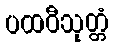
ပထဝီသုတ္တံ